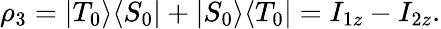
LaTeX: \begin{array}{r}{\rho_{3}=\vert{T_{0}}\rangle\langle{S_{0}}\vert+\vert{S_{0}}\rangle\langle{T_{0}}\vert=I_{1z}-I_{2z}.}\end{array}